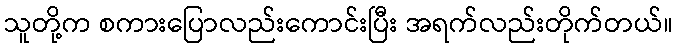
သူတို့က စကားပြောလည်းကောင်းပြီး အရက်လည်းတိုက်တယ်။